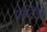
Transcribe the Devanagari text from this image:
पेप्टिडो